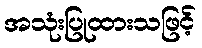
အသုံးပြုထားသဖြင့်